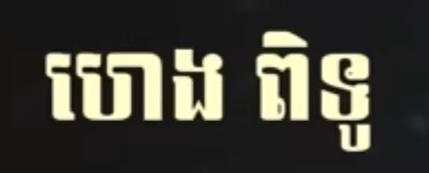
ហេង ពិទូ